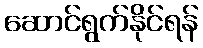
ဆောင်ရွက်နိုင်ရန်